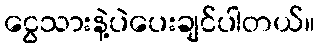
ငွေသားနဲ့ပဲပေးချင်ပါတယ်။